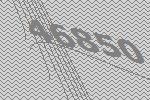
46850